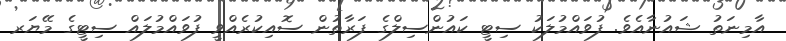
އާމިނަތު ޝައުނާއެވެ. ފުވައްމުލަކު ސިޓީ ކައުންސިލްގެ ފަރާތުން ސޮއިކުރެއްވީ ފުވައްމުލައް ސިޓީގެ މޭޔަރ